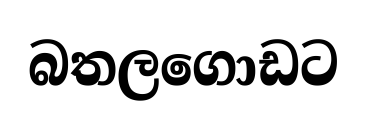
බතලගොඩට